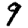
Digit: 9